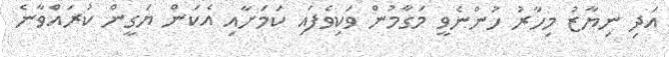
އަދި ނިޔާޒު މިހާރު ހުންނެވީ މަގާމުން ވަކިވެފައި ކަމަށާއި އެކަން ޔަގީން ކުރައްވާނެ